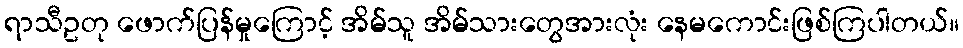
ရာသီဥတု ဖောက်ပြန်မှုကြောင့် အိမ်သူ အိမ်သားတွေအားလုံး နေမကောင်းဖြစ်ကြပါတယ်။